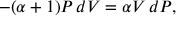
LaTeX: - ( \alpha + 1 ) P \, d V = \alpha V \, d P ,